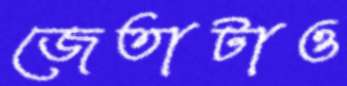
জেতাটাও